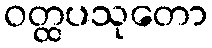
ဝတ္ထပသုတော